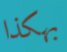
بهكذا